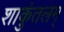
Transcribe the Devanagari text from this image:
शाकुंतलम्‌